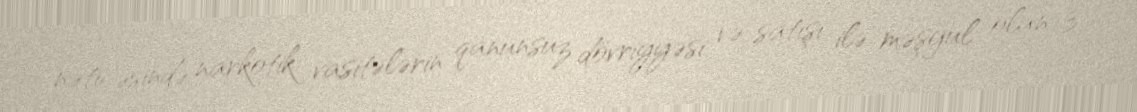
nəticəsində narkotik vasitələrin qanunsuz dövriyyəsi və satışı ilə məşğul olan 3